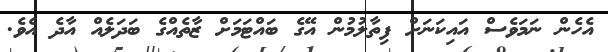
އެހެން ނަމަވެސް އައިކަނަށް ފިތާލުމުން އޭގެ ބައްޓަމަށް ޒާތެއްގެ ބަދަލެއް އާދެ އެވެ.